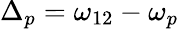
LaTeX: \Delta_{p}=\omega_{12}-\omega_{p}